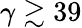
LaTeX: \gamma\gtrsim 39